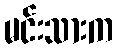
မင်းသားက